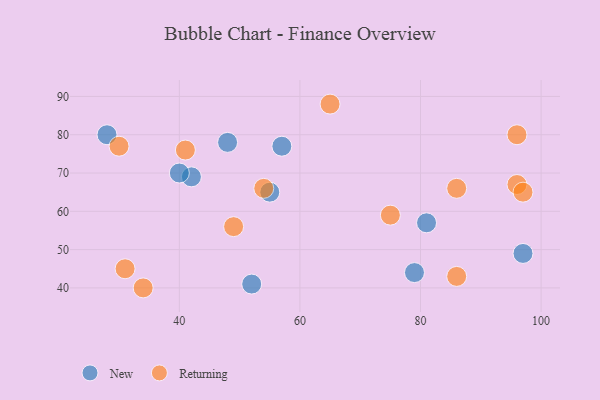
{"axis": {"x": "GDP", "y": "Life Expectancy"}, "legend": ["New", "Returning"], "data": [{"x": "79", "y": 44, "type": "New"}, {"x": "57", "y": 77, "type": "New"}, {"x": "48", "y": 78, "type": "New"}, {"x": "52", "y": 41, "type": "New"}, {"x": "81", "y": 57, "type": "New"}, {"x": "42", "y": 69, "type": "New"}, {"x": "28", "y": 80, "type": "New"}, {"x": "97", "y": 49, "type": "New"}, {"x": "55", "y": 65, "type": "New"}, {"x": "40", "y": 70, "type": "New"}, {"x": "41", "y": 76, "type": "Returning"}, {"x": "34", "y": 40, "type": "Returning"}, {"x": "96", "y": 67, "type": "Returning"}, {"x": "54", "y": 66, "type": "Returning"}, {"x": "86", "y": 43, "type": "Returning"}, {"x": "49", "y": 56, "type": "Returning"}, {"x": "86", "y": 66, "type": "Returning"}, {"x": "31", "y": 45, "type": "Returning"}, {"x": "97", "y": 65, "type": "Returning"}, {"x": "96", "y": 80, "type": "Returning"}, {"x": "30", "y": 77, "type": "Returning"}, {"x": "75", "y": 59, "type": "Returning"}, {"x": "65", "y": 88, "type": "Returning"}]}